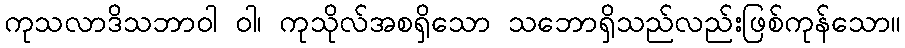
ကုသလာဒိသဘာဝါ ဝါ၊ ကုသိုလ်အစရှိသော သဘောရှိသည်လည်းဖြစ်ကုန်သော။